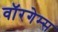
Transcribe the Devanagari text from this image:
वॉरगेम्स